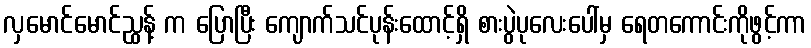
လှမောင်မောင်ညွှန့် က ပြောပြီး ကျောက်သင်ပုန်းထောင့်ရှိ စားပွဲပုလေးပေါ်မှ ရေတကောင်းကိုဖွင့်ကာ